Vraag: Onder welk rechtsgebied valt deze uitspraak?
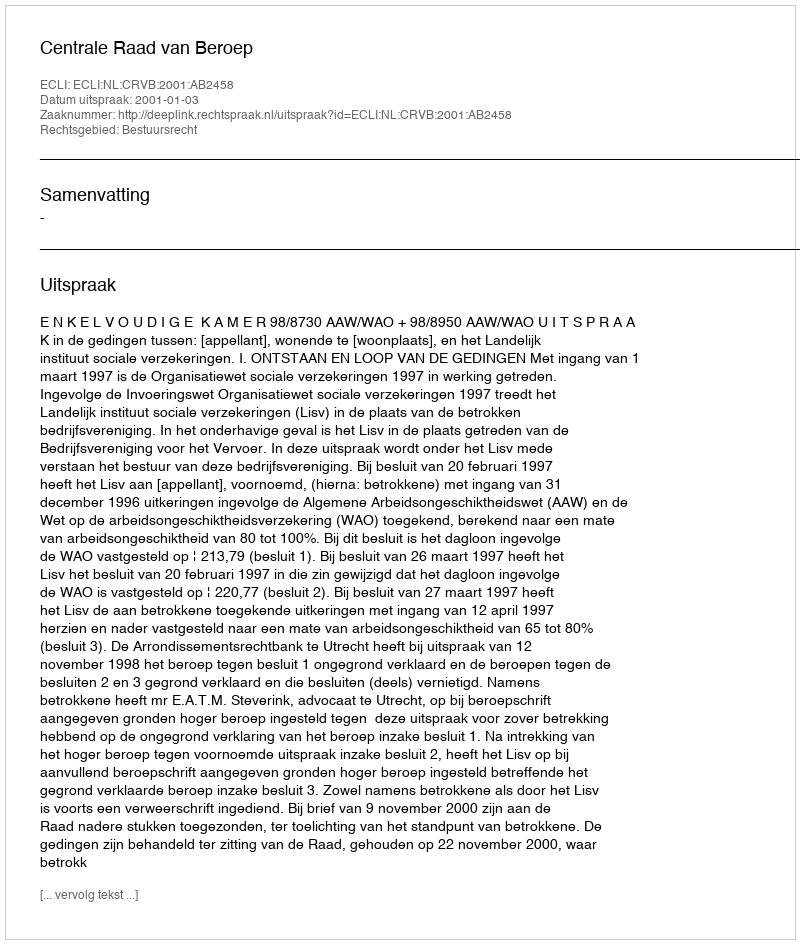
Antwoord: Bestuursrecht